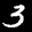
Label: 3